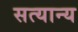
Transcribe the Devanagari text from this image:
सत्यान्य